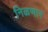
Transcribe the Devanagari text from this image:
निळणार